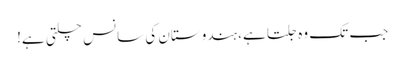
جب تک وہ جلتا ہے، ہندوستان کی سانس چلتی ہے!